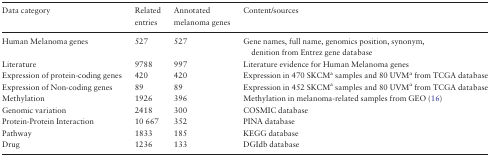
<table><thead><tr><td><b>Data category</b></td><td><b>Related entries</b></td><td><b>Annotated melanoma genes</b></td><td><b>Content/sources</b></td></tr></thead><tbody><tr><td>Human Melanoma genes</td><td>527</td><td>527</td><td>Gene names, full name, genomics position, synonym, denition from Entrez gene database</td></tr><tr><td>Literature</td><td>9788</td><td>997</td><td>Literature evidence for Human Melanoma genes</td></tr><tr><td>Expression of protein-coding genes</td><td>420</td><td>420</td><td>Expression in 470 SKCM<sup>a</sup> samples and 80 UVM<sup>a</sup> from TCGA database</td></tr><tr><td>Expression of Non-coding genes</td><td>89</td><td>89</td><td>Expression in 452 SKCM<sup>a</sup> samples and 80 UVM<sup>a</sup> from TCGA database</td></tr><tr><td>Methylation</td><td>1926</td><td>396</td><td>Methylation in melanoma-related samples from GEO (16)</td></tr><tr><td>Genomic variation</td><td>2418</td><td>300</td><td>COSMIC database</td></tr><tr><td>Protein-Protein Interaction</td><td>10 667</td><td>352</td><td>PINA database</td></tr><tr><td>Pathway</td><td>1833</td><td>185</td><td>KEGG database</td></tr><tr><td>Drug</td><td>1236</td><td>133</td><td>DGIdb database</td></tr></tbody></table>